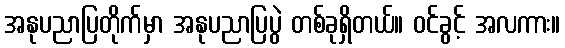
အနုပညာပြတိုက်မှာ အနုပညာပြပွဲ တစ်ခုရှိတယ်။ ဝင်ခွင့် အလကား။